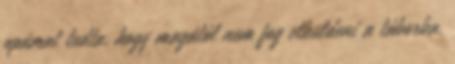
apámat tudta, hogy magától nem fog elküldeni a táborba.